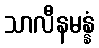
သာလီနမန္နံ